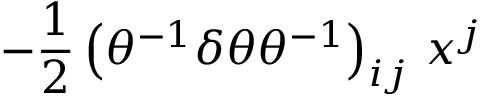
- \frac { 1 } { 2 } \left( \theta ^ { - 1 } \delta \theta \theta ^ { - 1 } \right) _ { i j } \, x ^ { j }